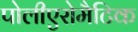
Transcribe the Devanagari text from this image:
पोलीएरोमैटिक